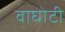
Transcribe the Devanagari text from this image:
वाघोटी